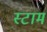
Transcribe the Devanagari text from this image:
स्टाम